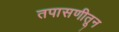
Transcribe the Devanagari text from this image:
तपासणीतून